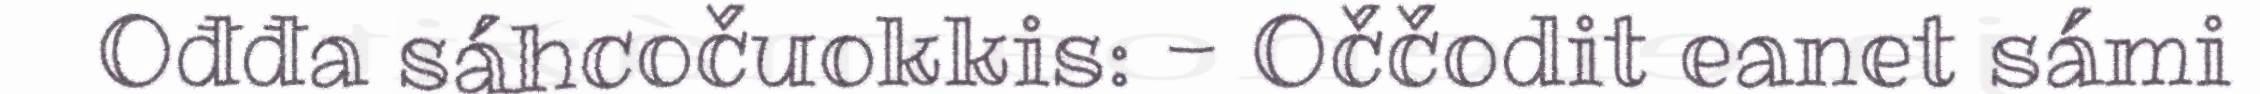
Ođđa sáhcočuokkis: - Oččodit eanet sámi